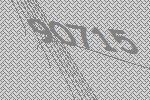
90715